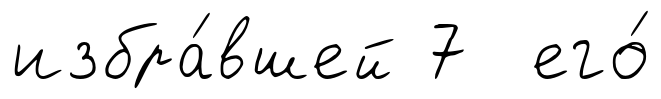
избра́вшей 7 его́